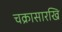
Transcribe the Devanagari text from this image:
चक्रासारखि